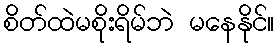
စိတ်ထဲမစိုးရိမ်ဘဲ မနေနိုင်။